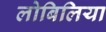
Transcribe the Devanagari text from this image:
लोबिलिया